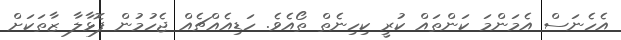
އެހެނަސް އެމަންމަ ކަންތައް ކުރީ ކިހިނެތް ތޯއެވެ. ހަޑިއެއްޗެއް ޖެހުމުން ފޮޅާލާ ޒާތަކަށް